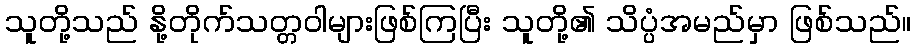
သူတို့သည် နို့တိုက်သတ္တဝါများဖြစ်ကြပြီး သူတို့၏ သိပ္ပံအမည်မှာ ဖြစ်သည်။